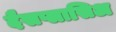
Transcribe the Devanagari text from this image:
दैसप्लासिअ